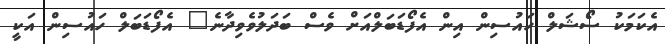
އެކަމަކު ސޯޝަލް ހައުސިން އިން އެފޯޑަބަލްއަށް ވެސް ބަދަލުވެވިދާނެ" އެފޯޑަބަލް ހައުސިން އަކީ